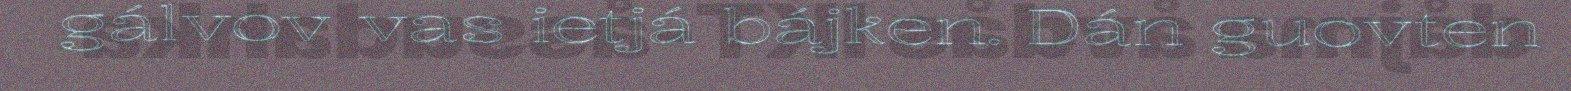
gálvov vas ietjá bájken. Dán guovten